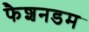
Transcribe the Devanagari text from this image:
फैशनडम